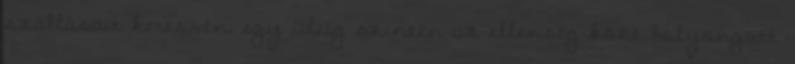
szállásait keresvén, egy ideig szintén az ellenség közt bolyongott.